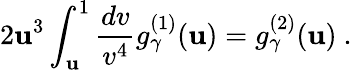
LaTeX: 2\mathbf{u}^{3}\int_{\mathbf{u}}^{1}\frac{{dv}}{{v^{4}}}g_{\gamma}^{(1)}(\mathbf{u})=g_{\gamma}^{(2)}(\mathbf{u})~.